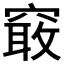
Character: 𱷏